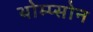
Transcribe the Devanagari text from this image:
थोम्प्सोन